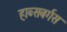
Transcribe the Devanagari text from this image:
हाब्सबर्गस